Insane asylums Bombay 1873-77 - 1873-1877
Year: 1873
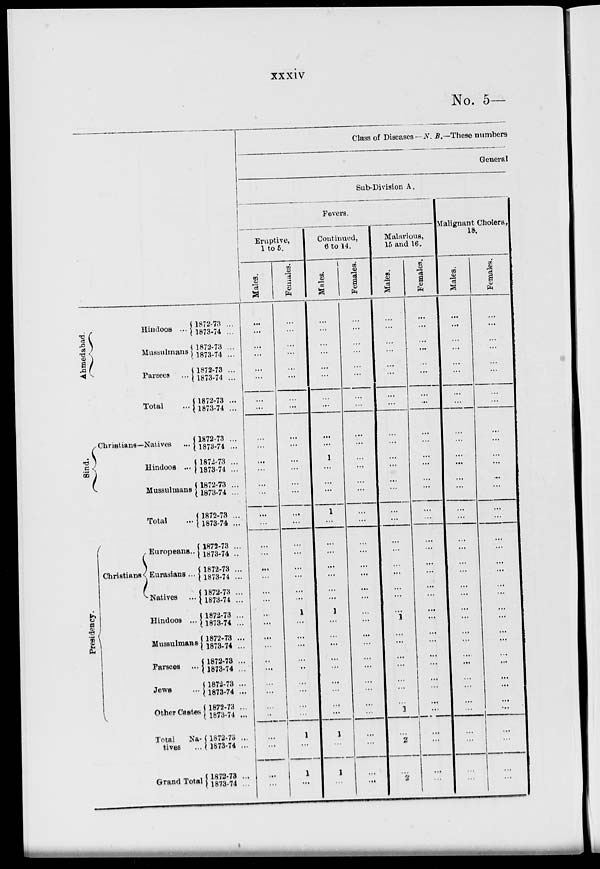
xxxiv
No. 5—
Ahmedabad.
Hindoos ...
Mussulmans
Parsees ...
Total ...
Sind.
Christians—Natives ...
Hindoos ...
Mussulmans
Total ...
Presidency.
Christians
Europeans..
Eurasians ...
Natives ...
Hindoos ...
Mussulmans
Parsees ...
Jews ...
Other Castes
Total
Na-
tives ...
Grand Total
1872-73 ...
1873-74 ...
1872-73 ...
1873-74 ...
1872-73 ...
1873-74 ...
1872-73 ...
1873-74 ...
1872-73 ...
1873-74 ...
1872-73 ...
1873-74 ...
1872-73 ...
1873-74 ...
1872-73 ...
1873-74. ...
1872-73 ...
1873-74 ..
1872-73 ...
1873-74 ...
1872-73 ...
1873-74 ...
1872-73 ...
1873-74 ...
1872-73 ...
1873-74 ...
1872-73 ...
1873-74 ...
1872-73 ...
1873-74 ...
1872-73 ...
1873-74 ...
1872-73 ...
1873-74 ...
1872-73 ...
1873-74 ...
Class of Diseases —N. B.—These numbers
General
Sub-Division A.
Fevers.
Eruptive,
1 to 5.
Males.
...
...
...
...
...
...
...
...
...
...
...
...
...
...
...
...
...
...
...
...
...
...
...
...
...
..
...
...
...
...
...
...
...
...
...
Females.
...
...
...
...
...
...
...
...
...
...
...
...
...
...
...
...
...
...
...
...
...
...
1
...
...
...
...
..
...
...
...
...
1
...
1
...
Continued,
6 to 14.
Males.
...
...
...
...
...
...
...
...
...
...
1
...
...
...
1
...
...
...
...
...
...
...
1
...
...
...
...
...
...
...
...
...
1
...
1
...
Females.
...
...
...
...
...
...
...
...
...
...
...
...
...
...
...
...
...
...
...
...
...
...
...
...
...
...
...
...
...
...
...
...
...
...
...
...
Malarious,
15 and 16.
Males.
...
...
...
...
...
...
...
...
...
...
...
...
...
...
...
...
...
...
...
...
...
...
...
1
...
...
...
...
...
...
...
1
...
2
...
2
Females.
...
...
...
...
...
...
...
...
...
...
...
...
...
...
...
...
...
...
...
...
...
...
...
...
...
...
...
...
...
...
...
...
...
...
...
...
Malignant Cholera,
18.
Males.
...
...
...
...
...
...
...
...
...
...
...
...
...
...
...
...
...
...
...
...
...
...
...
...
...
...
...
...
...
...
...
...
...
...
...
...
Females.
...
...
...
...
...
...
...
...
...
...
...
...
...
...
...
...
...
...
...
...
...
...
...
...
...
...
...
...
...
...
...
...
...
...
...
...